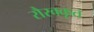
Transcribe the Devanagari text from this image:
रौरवकृत